Lunatic asylums in Bengal annual reports 1912-1924 - 1912-1924
Year: 1912
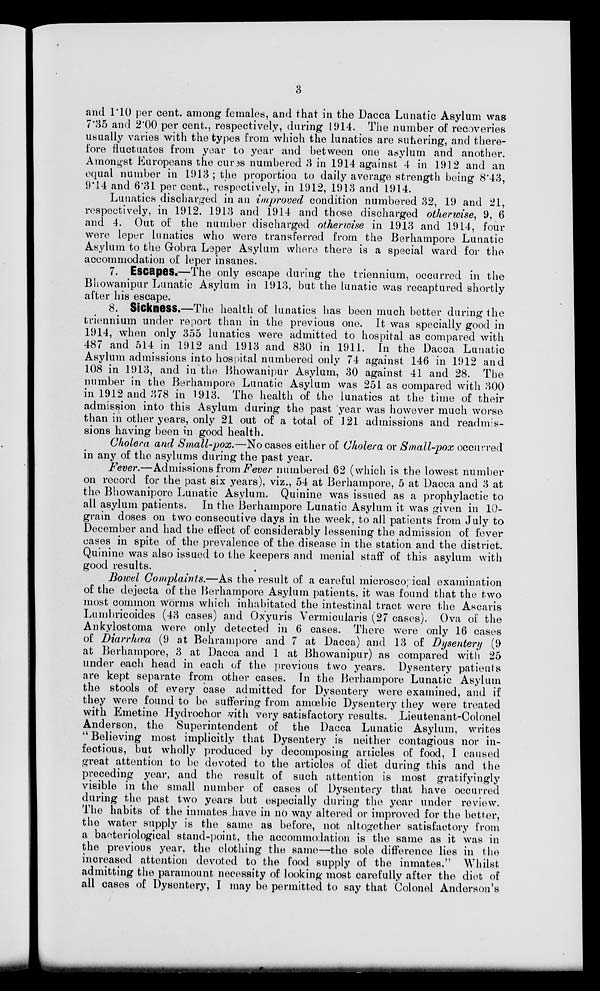
3
and 1.10 per cent. among females, and that in the Dacca Lunatic Asylum was
7.35 and 2.00 per cent., respectively, during 1914. The number of recoveries
usually varies with the types from which the lunatics are sufiering, and there-
fore fluctuates from year to year and between one asylum and another.
Amongst Europeans the cures numbered 3 in 1914 against 4 in 1912 and an
equal number in 1913; the proportion to daily average strength being 8.43,
9.14 and 6.31 per cent., respectively, in 1912, 1913 and 1914.
Lunatics discharged in an improved condition numbered 32, 19 and 21,
respectively, in 1912. 1913 and 1914 and those discharged otherwise, 9, 6
and 4. Out of the number discharged otherwise in 1913 and 1914, four
were leper lunatics who were transferred from the Berhampore Lunatic
Asylum to the Gobra Leper Asylum where there is a special ward for the
accommodation of leper insanes.
7. Escapes.—The only escape during the triennium, occurred in the
Bhowanipur Lunatic Asylum in 1913, but the lunatic was recaptured shortly
after his escape.
8. Sickness.—The health of lunatics has been much better during the
triennium under report than in the previous one. It was specially good in
1914, when only 355 lunatics were admitted to hospital as compared with
487 and 514 in 1912 and 1913 and 830 in 1911. In the Dacca Lunatic
Asylum admissions into hospital numbered only 74 against 146 in 1912 and
108 in 1913, and in the Bhowanipur Asylum, 30 against 41 and 28. The
number in the Berhampore Lunatic Asylum was 251 as compared with 300
in 1912 and 378 in 1913. The health of the lunatics at the time of their
admission into this Asylum during the past year was however much worse
than in other years, only 21 out of a total of 121 admissions and readmis-
sions having been in good health.
Cholera and Small-pox.—No cases either of Cholera or Small-pox occurred
in any of the asylums during the past year.
Fever.—Admissions from Fever numbered 62 (which is the lowest number
on record for the past six years), viz., 54 at Berhampore, 5 at Dacca and 3 at
the Bhowanipore Lunatic Asylum. Quinine was issued as a prophylactic to
all asylum patients. In the Berhampore Lunatic Asylum it was given in 10-
grain doses on two consecutive days in the week, to all patients from July to
December and had the effect of considerably lessening the admission of fever
cases in spite of the prevalence of the disease in the station and the district.
Quinine was also issued to the keepers and menial staff of this asylum with
good results.
Bowel Complaints.—As the result of a careful microsco, ical examination
of the dejecta of the Berhampore Asylum patients, it was found that the two
most common worms which inhabitated the intestinal tract were the Ascaris
Lumbricoides (43 cases) and Oxyuris Vermicularis (27 cases). Ova of the
Ankylostoma were only detected in 6 cases. There were only 16 cases
of Diarrhwa (9 at Behrampore and 7 at Dacca) and 13 of Dysentery (9
at Berhampore, 3 at Dacca and 1 at Bhowanipur) as compared with 25
under each head in each of the previous two years. Dysentery patients
are kept separate from other cases. In the Berhampore Lunatic Asylum
the stools of every case admitted for Dysentery were examined, and if
they were found to be suffering from amœbic Dysentery they were treated
with Emetine Hydrochor with very satisfactory results. Lieutenant-Colonel
Anderson, the Superintendent of the Dacca Lunatic Asylum, writes
" Believing most implicitly that Dysentery is neither contagious nor in-
fectious, but wholly produced by decomposing articles of food, I caused
great attention to be devoted to the articles of diet during this and the
preceding year, and the result of such attention is most gratifyingly
visible in the small number of cases of Dysentery that have occurred
during the past two years but especially during the year under review.
The habits of the inmates have in no way altered or improved for the better,
the water supply is the same as before, not altogether satisfactory from
a bacteriological stand-point, the accommodation is the same as it was in
the previous year, the clothing the same—the sole difference lies in the
increased attention devoted to the food supply of the inmates." Whilst
admitting the paramount necessity of looking most carefully after the diet of
all cases of Dysentery, I may be permitted to say that Colonel Anderson's